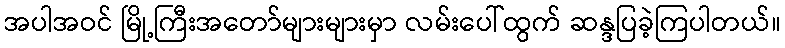
အပါအဝင် မြို့ကြီးအတော်များများမှာ လမ်းပေါ်ထွက် ဆန္ဒပြခဲ့ကြပါတယ်။